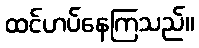
ထင်ဟပ်နေကြသည်။